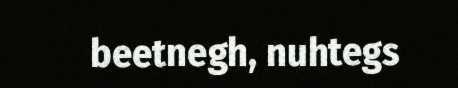
beetnegh, nuhtegs